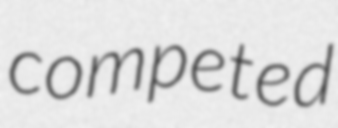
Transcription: competed